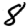
Digit: 8